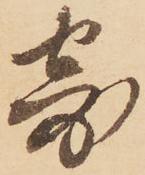
寄